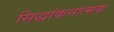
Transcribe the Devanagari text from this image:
सिद्धांकनात्मक